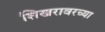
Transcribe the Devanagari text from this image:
शिखरावरच्या